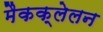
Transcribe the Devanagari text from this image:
मैकक्लेलन